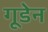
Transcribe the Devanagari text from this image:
गूडेन